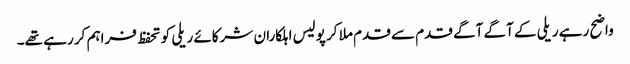
واضح رہے ریلی کے آگے آگے قدم سے قدم ملا کر پولیس اہلکاران شرکائے ریلی کو تحفظ فراہم کر رہے تھے۔